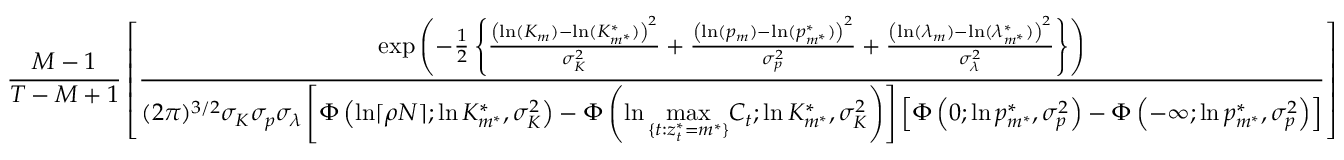
\frac { M - 1 } { T - M + 1 } \left[ \frac { \exp \left( - \frac { 1 } { 2 } \left\{ \frac { \left( \ln ( K _ { m } ) - \ln ( K _ { m ^ { * } } ^ { * } ) \right) ^ { 2 } } { \sigma _ { K } ^ { 2 } } + \frac { \left( \ln ( p _ { m } ) - \ln ( p _ { m ^ { * } } ^ { * } ) \right) ^ { 2 } } { \sigma _ { p } ^ { 2 } } + \frac { \left( \ln ( \lambda _ { m } ) - \ln ( \lambda _ { m ^ { * } } ^ { * } ) \right) ^ { 2 } } { \sigma _ { \lambda } ^ { 2 } } \right\} \right) } { ( 2 \pi ) ^ { 3 / 2 } \sigma _ { K } \sigma _ { p } \sigma _ { \lambda } \left[ \Phi \left( \ln \lceil \rho N \rceil ; \ln K _ { m ^ { * } } ^ { * } , \sigma _ { K } ^ { 2 } \right) - \Phi \left( \ln \underset { \{ t : z _ { t } ^ { * } = m ^ { * } \} } { \operatorname* { m a x } } C _ { t } ; \ln K _ { m ^ { * } } ^ { * } , \sigma _ { K } ^ { 2 } \right) \right] \left[ \Phi \left( 0 ; \ln p _ { m ^ { * } } ^ { * } , \sigma _ { p } ^ { 2 } \right) - \Phi \left( - \infty ; \ln p _ { m ^ { * } } ^ { * } , \sigma _ { p } ^ { 2 } \right) \right] } \right]